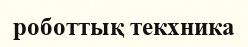
роботтық текхника